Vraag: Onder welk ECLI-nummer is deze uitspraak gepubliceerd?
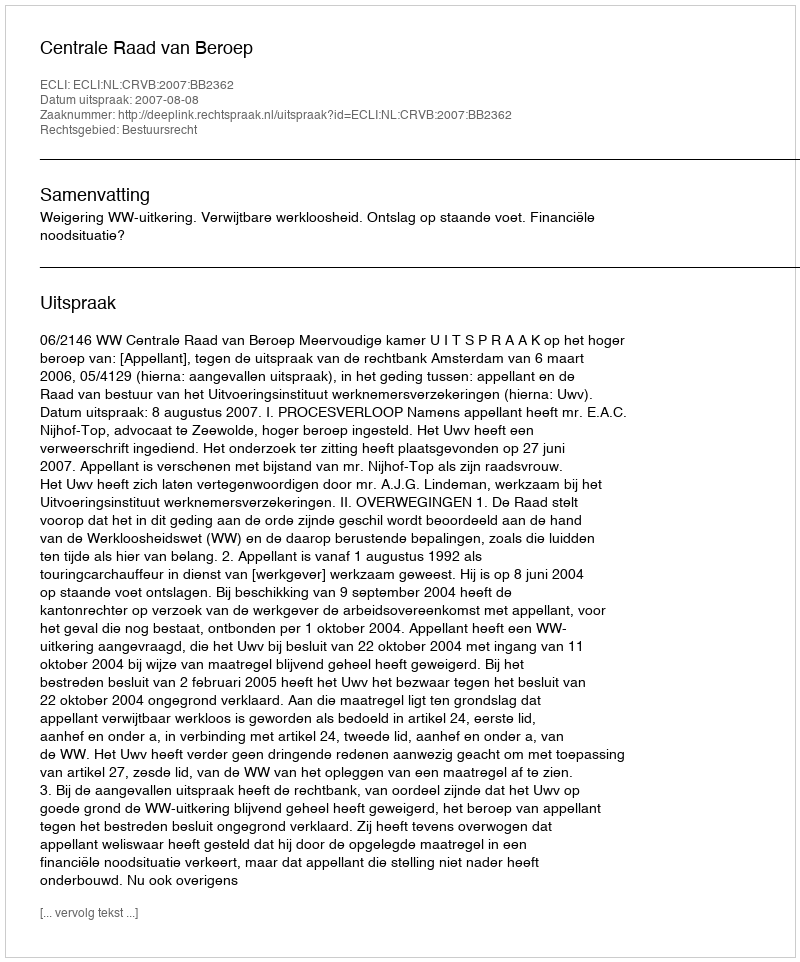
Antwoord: ECLI:NL:CRVB:2007:BB2362